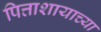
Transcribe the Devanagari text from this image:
पित्ताशायाच्या